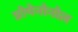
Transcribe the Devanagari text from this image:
प्रोपेनोनोल